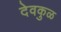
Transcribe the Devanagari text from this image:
देवकुळ